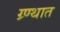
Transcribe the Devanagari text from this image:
ग्र्ण्थात